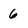
Character: 6